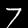
Digit: 7